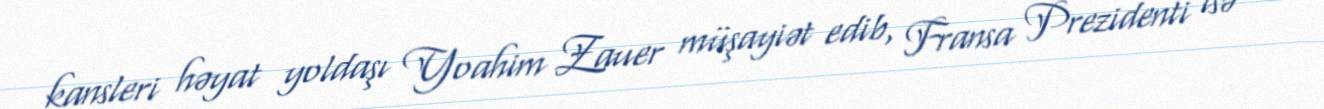
kansleri həyat yoldaşı Yoahim Zauer müşayiət edib, Fransa Prezidenti isə